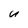
Character: u